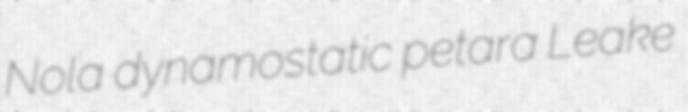
Nola dynamostatic petara Leake